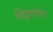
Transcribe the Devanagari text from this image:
विद्युतरोध